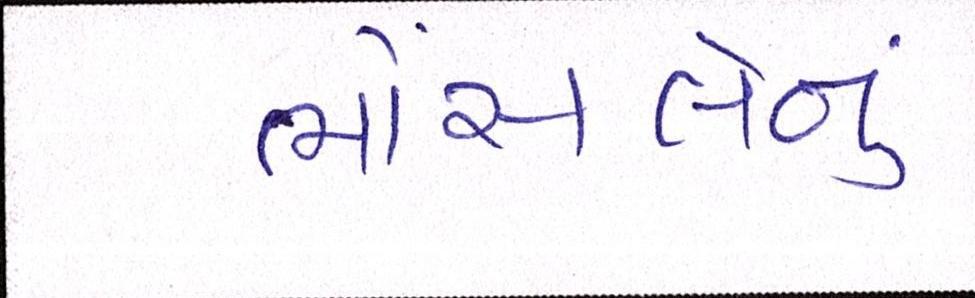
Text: ભોંસલેનું